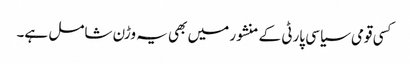
کسی قومی سیاسی پارٹی کے منشور میں بھی یہ وڑن شامل ہے۔